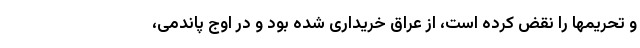
و تحریمها را نقض کرده است، از عراق خریداری شده بود و در اوج پاندمی،